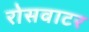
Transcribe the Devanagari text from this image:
रोसवाटर